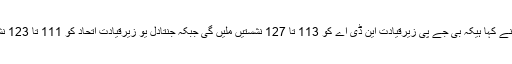
انڈیا ٹوڈے گروپ نے کہا ہیکہ بی جے پی زیرقیادت این ڈی اے کو 113 تا 127 نشستیں ملیں گی جبکہ جنتادل یو زیرقیادت اتحاد کو 111 تا 123 نشستیں مل رہی ہیں۔